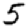
Digit: 5